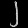
Digit: ၂